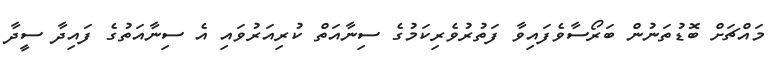
މައްޗަށް ބޮޑުތަނުން ބަރޯސާވެފައިވާ ފަތުރުވެރިކަމުގެ ސިނާއަތް ކުރިއަރުވައި އެ ސިނާއަތުގެ ފައިދާ ސީދާ